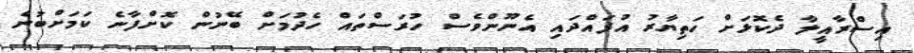
އިސްރާއީލާ ދެކޮޅަށް ހަތިޔާރު އުފައްދައި އެނޫންވެސް ހުރަސްތައް ހެދުމަށް ބޭނުން ކޮށްފާނެ ކަމަށްބުނެ